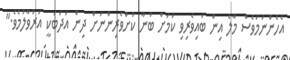
އެހެންނަމަވެސް މާލެ އިން ބައިވެރިވި ކަމަށް ބުނާ ކުށްވެރިންނަށް ދިން އަދަބަކީ އަރުވާލުމެވެ."